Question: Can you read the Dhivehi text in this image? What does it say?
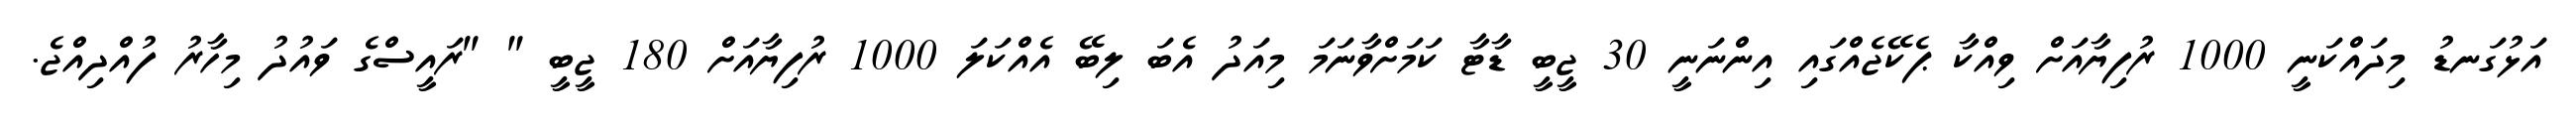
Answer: އަޅުގަނޑު މިދައްކަނީ 1000 ރުފިޔާއަށް ވިއްކާ ޕެކޭޖެއްގައި އިންނަނީ 30 ޖީބީ ޑާޓާ ކަމަށްވާނަމަ މިއަދު އެބަ ލިބޭ އެއްކަލަ 1000 ރުފިޔާއަށް 180 ޖީބީ " "ރައީސްގެ ވައުދު މިހާރު ފުއްދިއްޖެ.